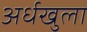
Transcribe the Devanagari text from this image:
अर्धखुला